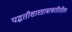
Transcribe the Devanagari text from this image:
पद्धतीशास्त्राबाबतीतील